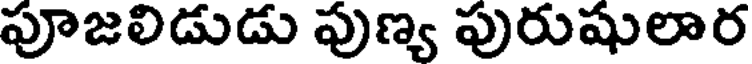
పూజలిడుడు పుణ్య పురుషులార